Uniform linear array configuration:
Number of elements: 12
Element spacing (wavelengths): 0.25
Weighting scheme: cosine
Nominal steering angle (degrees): -30
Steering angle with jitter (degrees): -28.741
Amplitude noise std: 0.05
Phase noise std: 0.05

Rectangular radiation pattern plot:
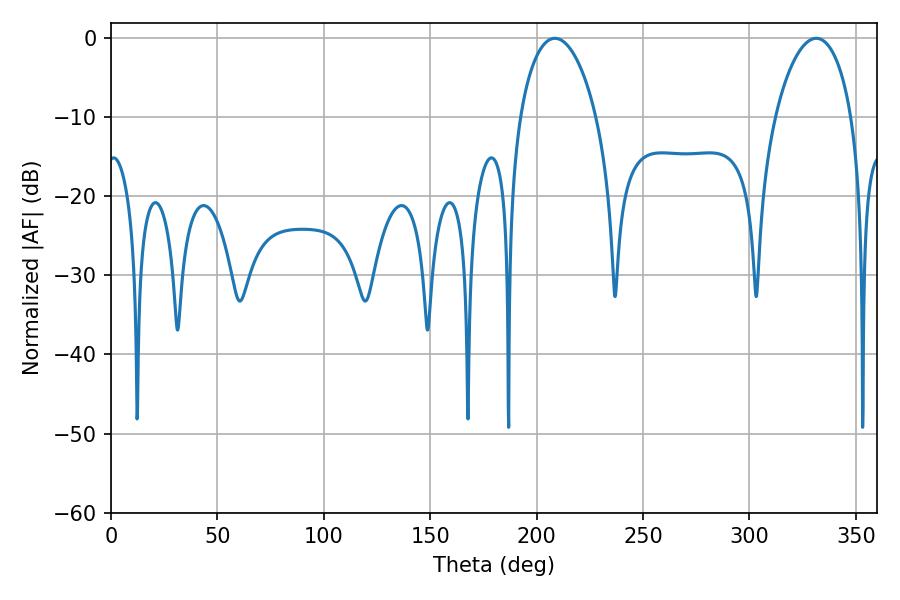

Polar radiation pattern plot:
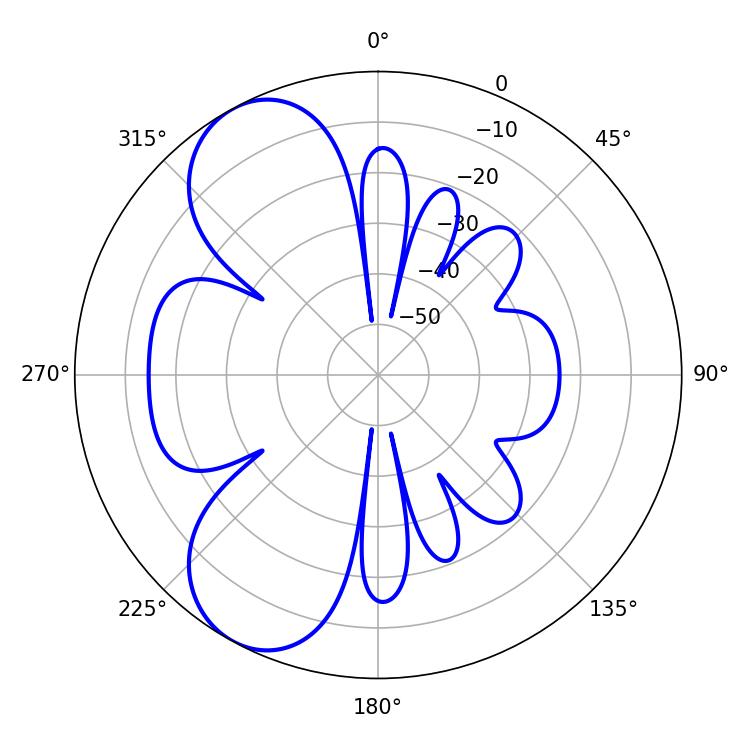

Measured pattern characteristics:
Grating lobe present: FALSE
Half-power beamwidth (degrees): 20.52
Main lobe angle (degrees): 208.62